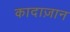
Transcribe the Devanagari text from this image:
कादाज़ान